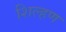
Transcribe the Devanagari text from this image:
शिल्हण